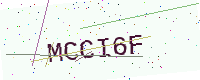
Text: MCCI6F